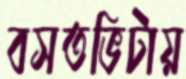
বসতভিটায়